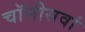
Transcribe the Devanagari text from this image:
चॉलीसवां